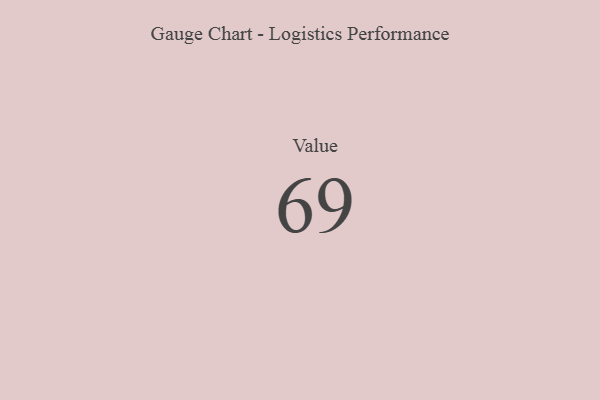
{"axis": {"x": "Metric", "y": "Value"}, "legend": [""], "data": [{"x": "Value", "y": 69, "type": ""}]}